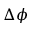
\Delta \phi